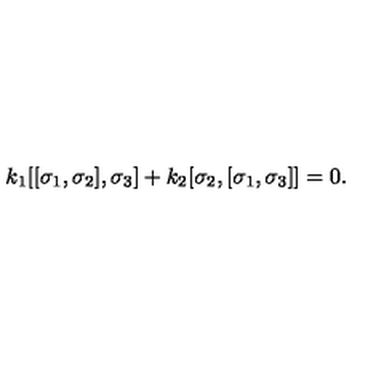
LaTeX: k _ { 1 } [ [ \sigma _ { 1 } , \sigma _ { 2 } ] , \sigma _ { 3 } ] + k _ { 2 } [ \sigma _ { 2 } , [ \sigma _ { 1 } , \sigma _ { 3 } ] ] = 0 .